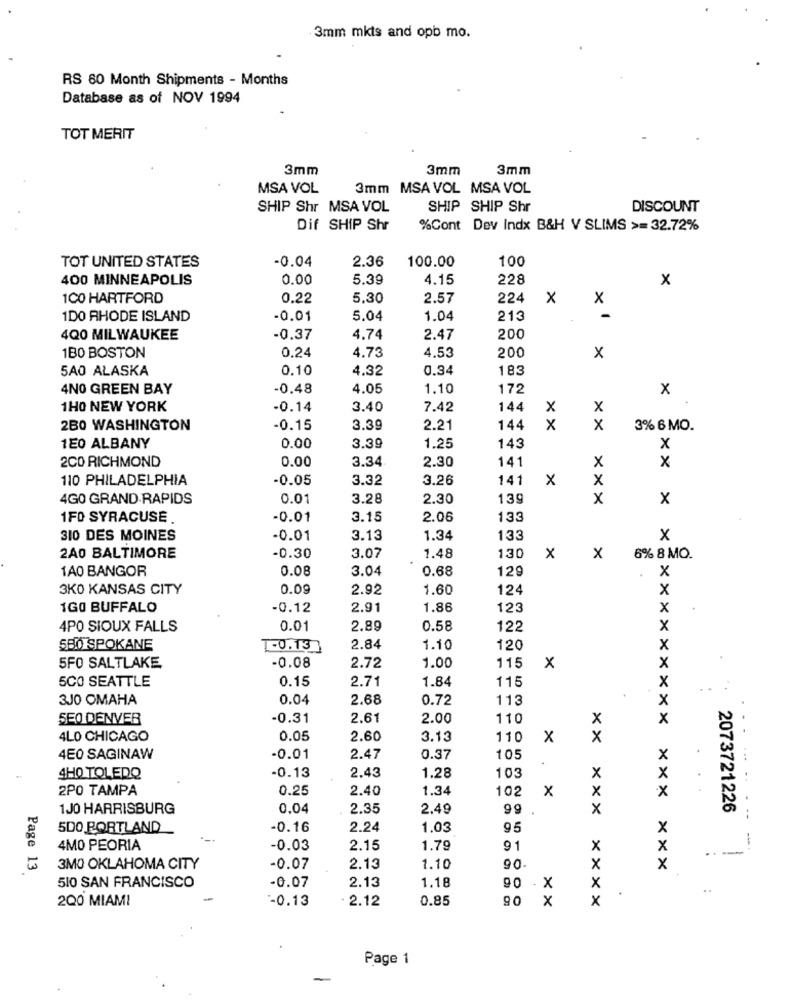
.3mm mkts and opb mo.
RS 60 Month Shipments - Months
Database as of NOV 1994
TOT MERIT
3mm
3mm
3mm
MSA VOL
3mm MSA VOL MSA VOL
SHIP Shr MSA VOL
SHIP SHIP Shr
DISCOUNT
Dif SHIP Shr
%Cont Dev Indx B&H V SLIMS >= 32.72%
-0.04
100
TOT UNITED STATES
2.36
100.00
400 MINNEAPOLIS
0.00
5.39
4.15
228
x
1CO HARTFORD
0.22
5.30
2.57
224
x
X
1DO RHODE ISLAND
-0.01
5.04
1.04
213
-
4Q0 MILWAUKEE
-0.37
4.74
2.47
200
1BO BOSTON
0.24
4.73
200
4.53
X
5A0 ALASKA
0.10
4.32
0.34
183
4NO GREEN BAY
-0.48
4.05
1.10
172
x
1H0 NEW YORK
-0.14
3.40
7.42
144
X
X
2B0 WASHINGTON
-0.15
3.39
2.21
144
x
x
3% 6 MO.
1E0 ALBANY
0.00
3.39
1.25
143
x
2CO RICHMOND
0.00
3.34
2.30
141
x
X
110 PHILADELPHIA
-0.05
3.32
3.26
141
X
X
4GO GRAND RAPIDS
0.01
3.28
2.30
139
x
x
1FD SYRACUSE
-0.01
3.15
2.06
135
310 DES MOINES
-0.01
3.13
1.34
133
x
2A0 BALTIMORE
-0.30
3.07
1.48
130
x
x
6% 8 MO.
1A0 BANGOR
0.08
3.04
0.68
129
X
3KO KANSAS CITY
0.09
2.92
1.60
124
×
1GO BUFFALO
-0.12
2.91
1.86
123
x
4PO SIOUX FALLS
0.01
2.89
0.58
122
SBO SPOKANE
1-0.13
2.84
1.10
120
-0.08
1.00
115
5FO SALTLAKE
2.72
×
x
5CO SEATTLE
0.15
1.84
115
X
2.71
3JO OMAHA
0.04
2.68
0.72
113
x
SEO DENVER
-0.31
2.61
2.00
110
X
4LO CHICAGO
0.05
2.60
3.13
110
x
x
4E0 SAGINAW
-0.01
2.47
0.37
105
x
...
4HO TOLEDO
-0.13
2.43
1.28
103
2PO TAMPA
0.25
2.40
1.34
102
x
X
1J0 HARRISBURG
0.04
2.35
2.49
99
x
2073721226
500 PORTLAND
-0.16
2.24
1.03
95
x
-
4MO PEORIA
-0.03
2.15
1.79
91
X
X
---
x
3MO OKLAHOMA CITY
-0.07
2.13
1.10
90
x
Page 13
x
510 SAN FRANCISCO
-0.07
2.13
1.18
90 - X
..
200 MIAMI
-0.13
2.12
0.85
90
x
x
Page 1